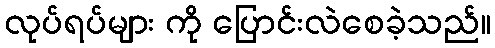
လုပ်ရပ်များ ကို ပြောင်းလဲစေခဲ့သည်။